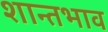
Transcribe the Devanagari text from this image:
शान्तभाव